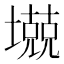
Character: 𱘋